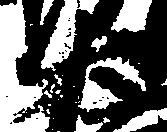
大